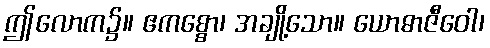
ဤလောက၌။ ဧကစ္စော၊ အချို့သော။ ယောဓာဇီဝေါ၊